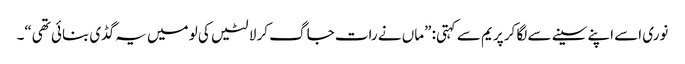
نوری اسے اپنے سینے سے لگا کر پریم سے کہتی: ”ماں نے رات جاگ کر لالٹیں کی لو میں یہ گڈی بنائی تھی“۔